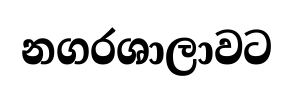
නගරශාලාවට